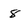
Character: 8